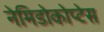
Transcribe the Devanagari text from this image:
नेमिडोकोप्टेस